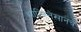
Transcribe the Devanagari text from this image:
शाहिस्तेखानचे